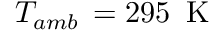
T _ { a m b } \, = 2 9 5 \, \mathrm { ~ K ~ }